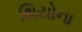
થિયોના